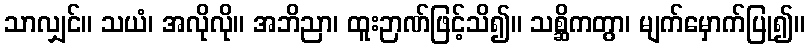
သာလျှင်။ သယံ၊ အလိုလို။ အဘိညာ၊ ထူးဉာဏ်ဖြင့်သိ၍။ သစ္ဆိကတွာ၊ မျက်မှောက်ပြု၍။